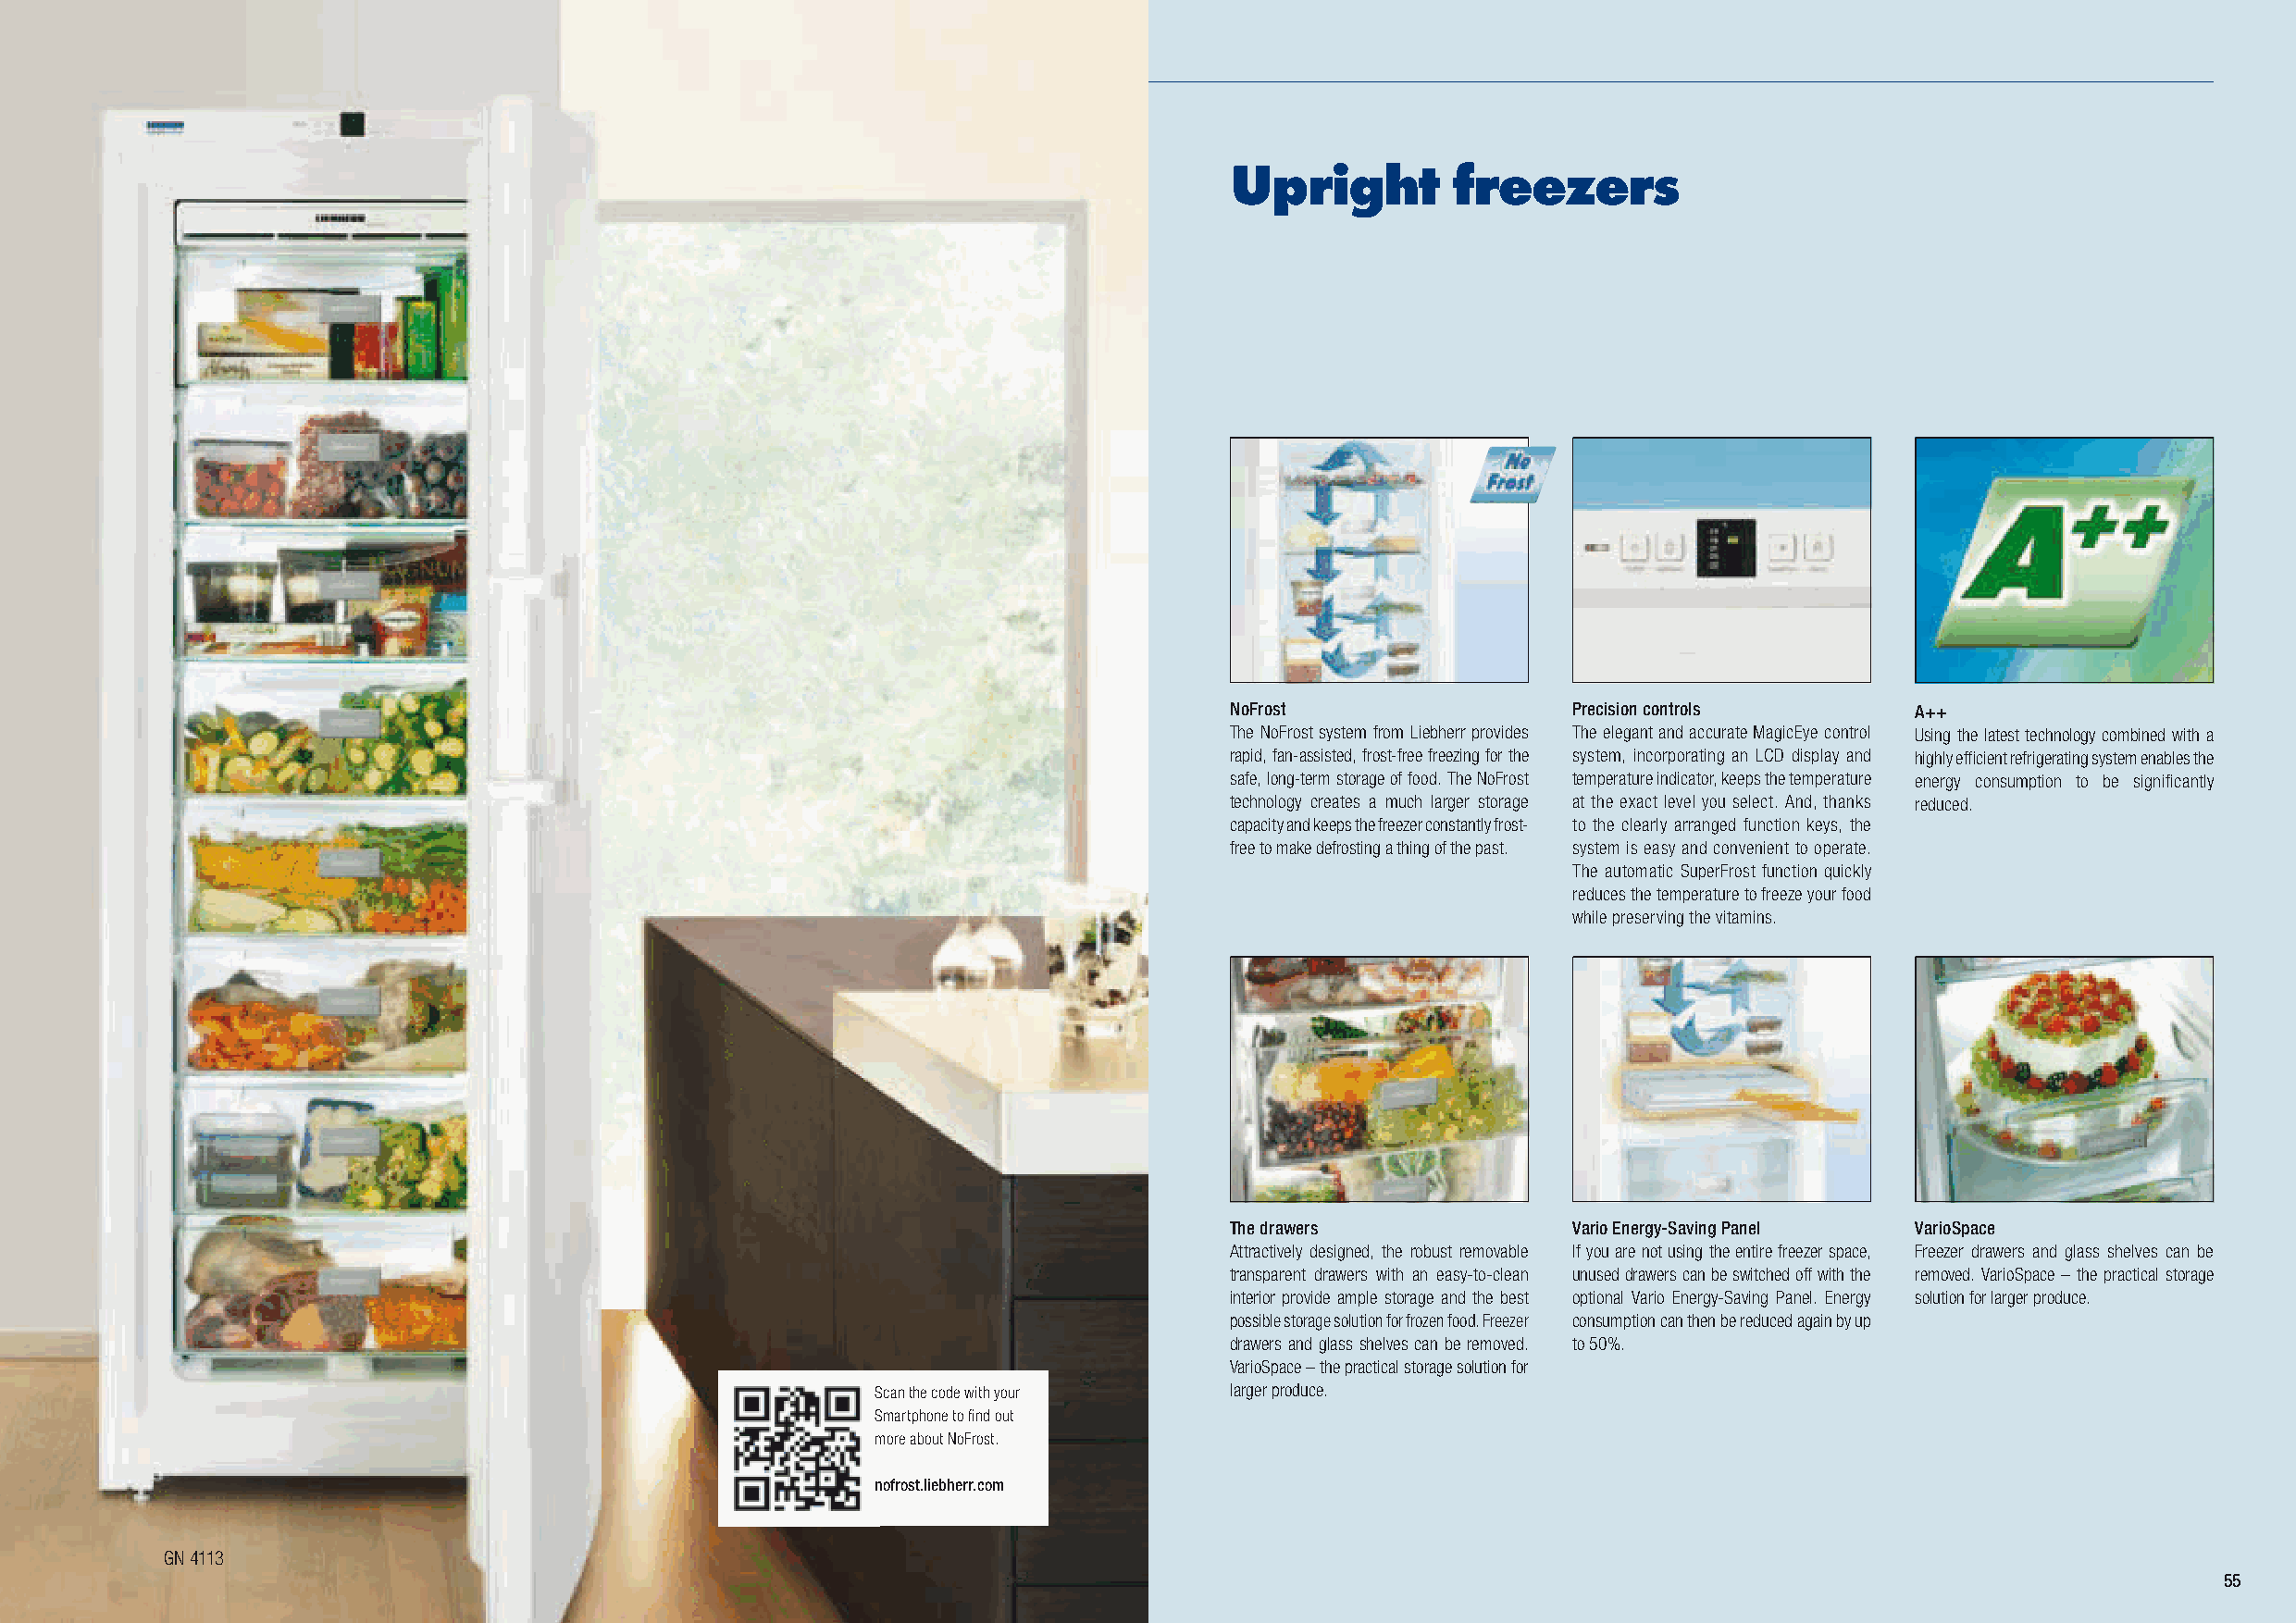
Upright         freezers
 NoFrost                 Precision controls       A++
 The NoFrost system from Liebherr provides The elegant and accurate MagicEye control Using the latest techno logy combined with a
 rapid, fan-assisted, frost-free freezing for the system, incorporating an LCD display and highly effi cient refrigerating system enables the
 safe, long-term storage of food. The NoFrost temperature indicator, keeps the temperature energy consumption to be signifi cantly
 technology creates a much larger storage at the exact level you select. And, thanks reduced.
 capacity and keeps the freezer constantly frost- to the clearly arranged function keys, the
 free to make defrosting a thing of the past. system is easy and convenient to operate.
 The automatic SuperFrost function quickly
 reduces the temperature to freeze your food
 while preserving the vitamins.
 The drawers             Vario Energy-Saving Panel VarioSpace
 Attractively designed, the robust removable If you are not using the entire freezer space, Freezer drawers and glass shelves can be
 transparent drawers with an easy-to-clean unused drawers can be switched off with the removed. VarioSpace – the practical storage
 interior provide ample storage and the best optional Vario Energy-Saving Panel. Energy solution for larger produce.
 possible storage solution for frozen food. Freezer consumption can then be reduced again by up
 drawers and glass shelves can be removed. to 50%.
 VarioSpace – the practical storage solution for
 Scan the code with your  larger produce.
 Smartphone to fi nd out
 more about NoFrost.
 nofrost.liebherr.com
 GN 4113
 55
 LHG_Stand_2014_32-65_GB_02.indd 54                                     21.11.2013 17:07:17 Uhr LLHHGG__SSttaanndd__22001144__3322--6655__GGBB__0022..iinndddd 5555 2211..1111..22001133 1177::0077::2211 UUhhrr